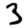
Digit: 3